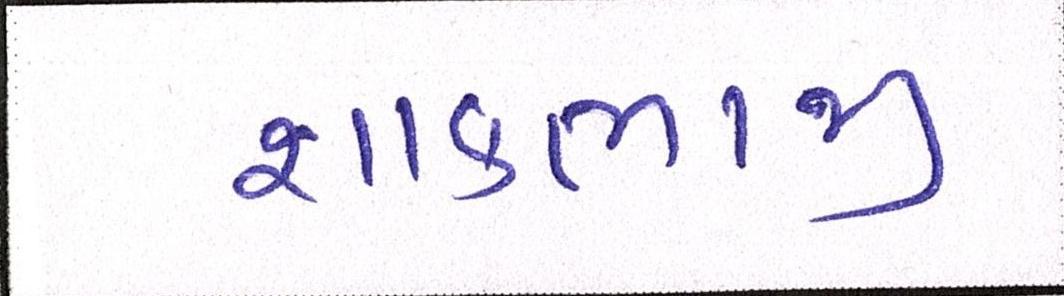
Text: શાકભાજી